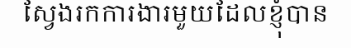
ស្វែងរកការងារមួយដែលខ្ញុំបាន